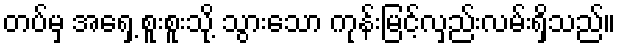
တပ်မှ အရှေ့ စူးစူးသို့ သွားသော ကုန်းမြင့်လှည်းလမ်းရှိသည်။